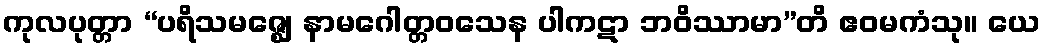
ကုလပုတ္တာ “ပရိသမဇ္ဈေ နာမဂေါတ္တဝသေန ပါကဋာ ဘဝိဿာမာ”တိ ဧဝမကံသု။ ယေ